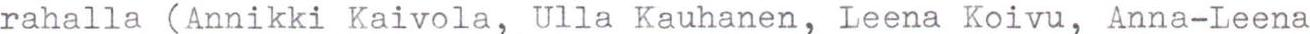
rahalla (Annikki Kaivola, Ulla Kauhanen, Leena Koivu, Anna-Leena